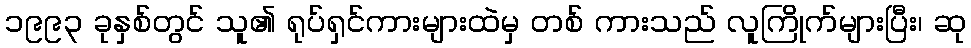
၁၉၉၃ ခုနှစ်တွင် သူ၏ ရုပ်ရှင်ကားများထဲမှ တစ် ကားသည် လူကြိုက်များပြီး၊ ဆု